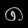
Digit: ၈